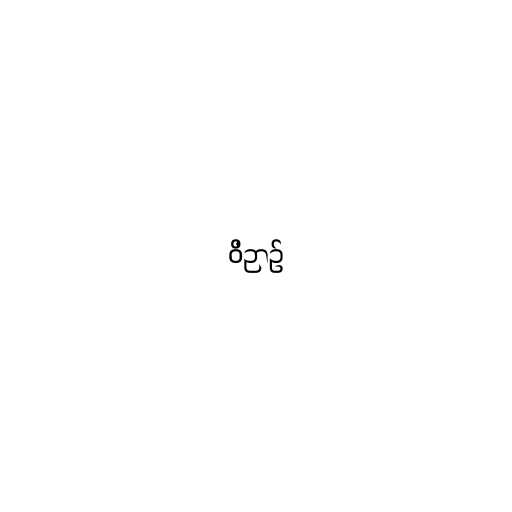
ဝိဉာဥ်